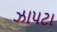
ઝાપટા